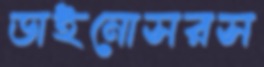
ডাইনোসরস